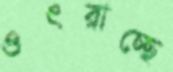
ওৎরাচ্ছে